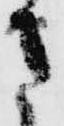
さ